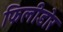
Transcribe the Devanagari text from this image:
फिलीडोर